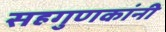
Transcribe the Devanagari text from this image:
सहगुणकांनी